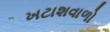
ખટાશવાળો